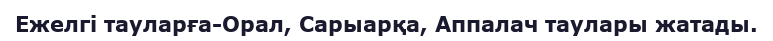
Ежелгі тауларға-Орал, Сарыарқа, Аппалач таулары жатады.